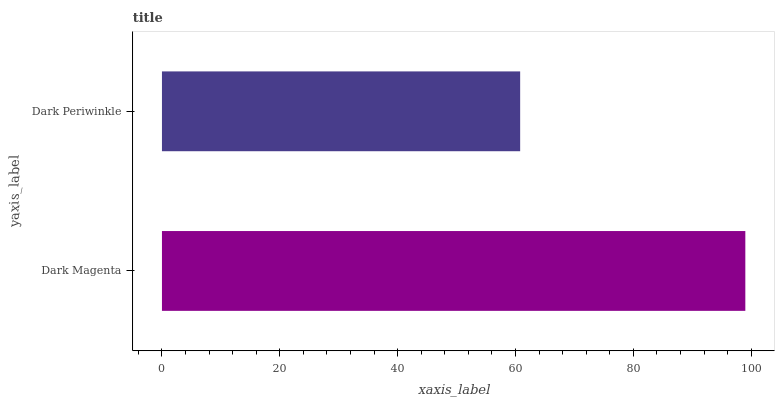
| yaxis_label | bars |
 | --- | --- |
 | Dark Magenta | 99 |
 | Dark Periwinkle | 60.8 |